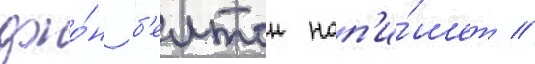
джо́н б'елтон нап'и́шет //